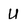
Character: U